Insane asylums in Bengal annual reports 1867-1875 - 1867-1875
Year: 1867
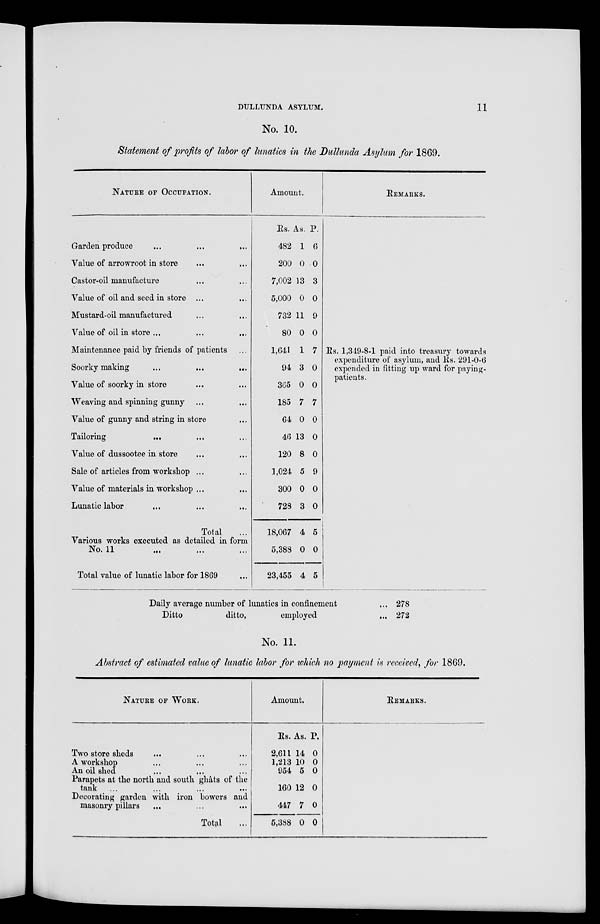
DULLUNDA ASYLUM.
11
No. 10.
Statement of profits of labor of lunatics in the Dullunda Asylum for 1869.
NATURE OF OCCUPATION.
Garden produce ... ... ...
Value of arrowroot in store ... ...
Castor-oil manufacture ... ...
Value of oil and seed in store ... ...
Mustard-oil manufactured ... ...
Value of oil in store ... ... ...
Maintenance paid by friends of patients ...
Soorky making
...
...
...
Value of soorky in store ...
Weaving and spinning gunny ... ...
Value of gunny and string in store ..
Tailoring ... ... ...
Value of dussootee in store ... ...
Sale of articles from workshop ... ...
Value of materials in workshop ... ...
Lunatic labor ... ... ...
Total ...
Various works executed as detailed in form
No. 11 ... ... ...
Total value of lunatic labor for 1869 ...
Amount.
Rs.
482
200
7,002
5,000
732
80
1,641
94
365
185
64
46
120
1,024
300
728
18,067
5,388
23,455
As.
1
0
13
0
11
0
1
3
0
7
0
13
8
5
0
3
4
0
4
P.
6
0
3
0
9
0
7
0
0
7
0
0
0
9
0
0
5
0
5
REMARKS.
Rs. 1,349-8-1 paid into treasury towards
expenditure of asylum, and Rs. 291-0-6
expended in fitting up ward for paying-
patients.
Daily average number of lunatics in confinement ...
Ditto
ditto,
employed ...
278
272
No. 11.
Abstract of estimated value of lunatic labor for which no payment is received, for 1869.
NATURE OF WORK.
Two store sheds ... ... ...
A workshop ... ... ...
An oil shed ... ... ...
Parapets at the north and south ghâts of the
tank ... ... ... ...
Decorating garden with iron bowers and
masonry pillars ... ... ...
Total ...
Amount.
Rs.
2,611
1,213
954
160
447
5,388
As.
14
10
5
12
7
0
P.
0
0
0
0
0
0
REMARKS.